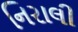
નિરાલી